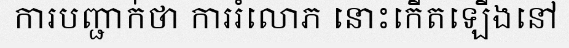
ការបញ្ជាក់ថា ការរំលោភ នោះកើតឡើងនៅ